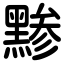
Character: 黪